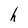
Character: h